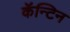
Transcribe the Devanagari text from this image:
कॅन्टिन